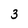
Character: 3